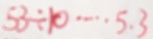
5 3 \div 1 0 \cdots 5 . 3